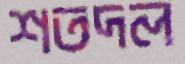
শতদল